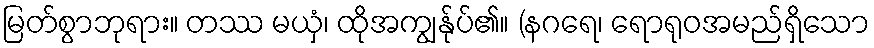
မြတ်စွာဘုရား။ တဿ မယှံ၊ ထိုအကျွန်ုပ်၏။ (နဂရေ၊ ရောရုဝအမည်ရှိသော